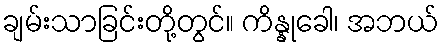
ချမ်းသာခြင်းတို့တွင်။ ကိန္နုခေါ၊ အဘယ်